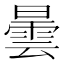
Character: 曇